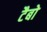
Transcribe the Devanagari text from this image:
टैबो